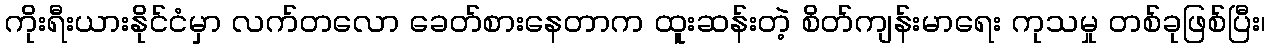
ကိုးရီးယားနိုင်ငံမှာ လက်တလော ခေတ်စားနေတာက ထူးဆန်းတဲ့ စိတ်ကျန်းမာရေး ကုသမှု တစ်ခုဖြစ်ပြီး၊